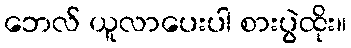
ဘေလ် ယူလာပေးပါ စားပွဲထိုး။